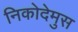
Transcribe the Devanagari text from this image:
निकोदेमुस